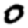
Digit: 0